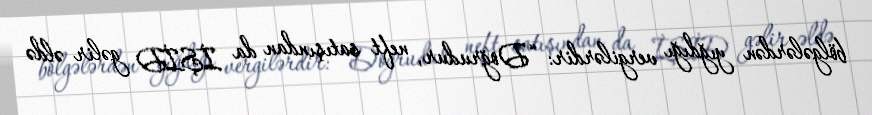
bölgələrdən yığdığı vergilərdir: “Doğrudur, neft satışından da İŞİD gəlir əldə